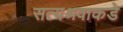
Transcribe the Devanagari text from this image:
सत्यश्रवाकडे